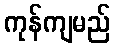
ကုန်ကျမည်